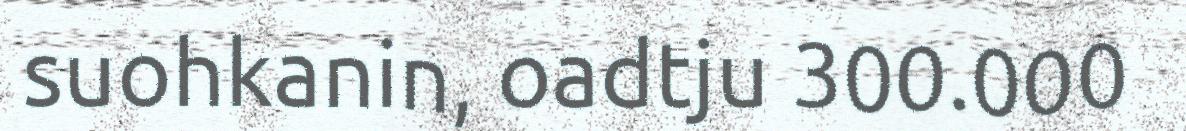
suohkanin, oadtju 300.000